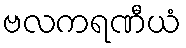
ဗလကရဏီယံ